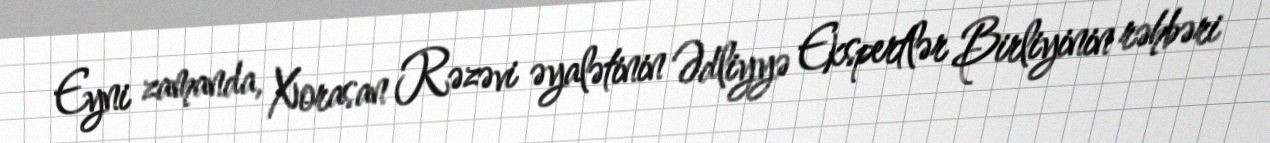
Eyni zamanda, Xorasan Rəzəvi əyalətinin Ədliyyə Ekspertlər Birliyinin rəhbəri